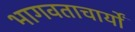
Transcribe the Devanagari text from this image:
भागवताचार्यों